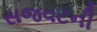
સજવટની